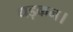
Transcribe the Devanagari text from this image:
धड़कन।